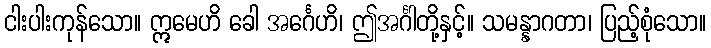
ငါးပါးကုန်သော။ ဣမေဟိ ခေါ အင်္ဂေဟိ၊ ဤအင်္ဂါတို့နှင့်။ သမန္နာဂတာ၊ ပြည့်စုံသော။